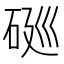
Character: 𱳺